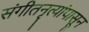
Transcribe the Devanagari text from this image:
संगीतनृत्यांपासून